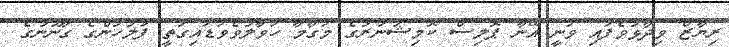
ރިޔާޒް ވިދާޅުވެފައި ވަނީ އޭނާ ޕޮލިސް ކޮމިޝަނަރުގެ މަގާމާ ހަވާލުވެވަޑައިގަތީ ފުލުހުންގެ ގާނޫނުގެ